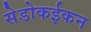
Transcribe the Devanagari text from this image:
सेडोकईकन